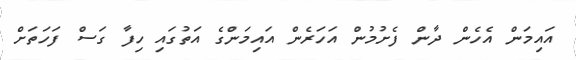
އައިމަން އެހެން ދާން ފެށުމުން އަހަރެން އައިމަންގެ އަތުގައި ހިފާ ގަސް ފަހަތަށް